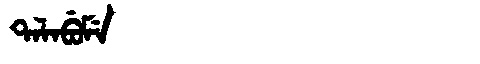
Manchu: ᡨᠠᠯᠠᠪᡠᠮᡝ
Romanization: TALABUME